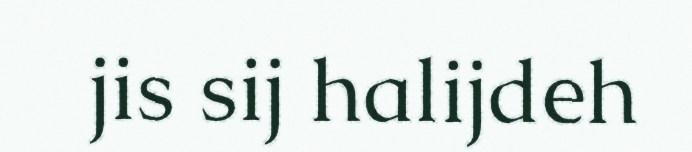
jis sij halijdeh